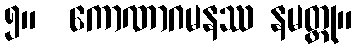
၅။  ကောဏာဂမနဿ နမတ္ထု။